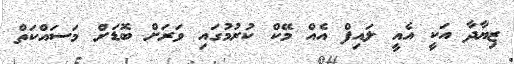
ޒިޔާދާ އަކީ އެއީ ލައިފް އެއް މޭކް ކުރުމުގައި ވަރަށް ބޮޑަށް މަސައްކަތް